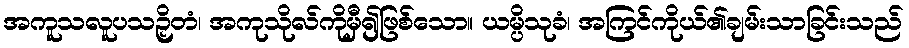
အကူသလူပသဉှိတံ၊ အကုသိုလ်ကိုမှီ၍ဖြစ်သော။ ယမ္ပိသုခံ၊ အကြင်ကိုယ်၏ချမ်းသာခြင်းသည်